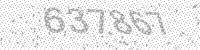
Solution: 637867